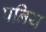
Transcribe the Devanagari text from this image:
पनिय